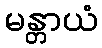
မန္တာယံ